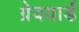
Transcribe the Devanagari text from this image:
ग्रेवयार्ड